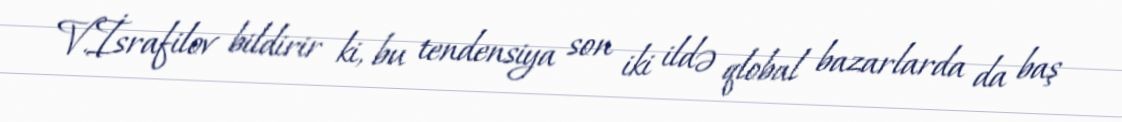
V.İsrafilov bildirir ki, bu tendensiya son iki ildə qlobal bazarlarda da baş